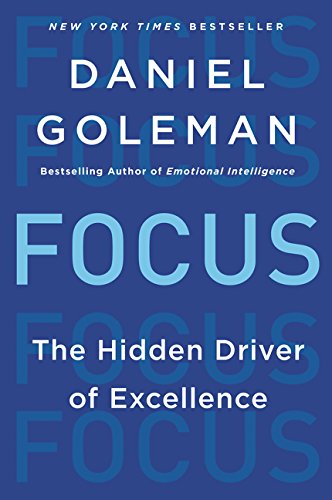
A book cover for Focus: The Hidden Driver of Excellence; Daniel Goleman; Medical Books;